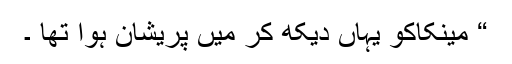
“ مینکاکو یہاں دیکھ کر میں پریشان ہوا تھا ۔